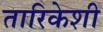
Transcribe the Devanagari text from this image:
तारिकेशी